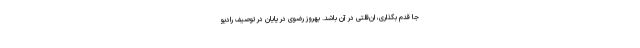
جا قدم بگذاری، ان‌قلتی در آن باشد. بهروز رضوی در پایان در توصیف رادیو